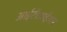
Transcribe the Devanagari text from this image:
आईटीआईआर